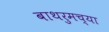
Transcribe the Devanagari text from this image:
बाथरुमच्‍या